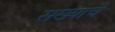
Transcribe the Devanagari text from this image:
सख्याचे